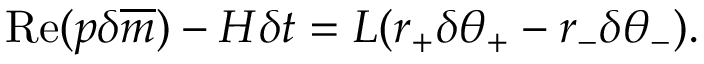
\mathrm { R e } ( p \delta \overline { { { m } } } ) - H \delta t = L ( r _ { + } \delta \theta _ { + } - r _ { - } \delta \theta _ { - } ) .